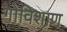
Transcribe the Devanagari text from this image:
गोविशाण